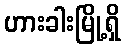
ဟားခါးမြို့ရှိ